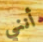
أنني